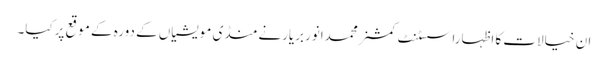
ان خیالات کا اظہاراسسٹنٹ کمشنرمحمدانوربریارنے منڈی مویشیاں کے دورہ کے موقع پرکیا۔